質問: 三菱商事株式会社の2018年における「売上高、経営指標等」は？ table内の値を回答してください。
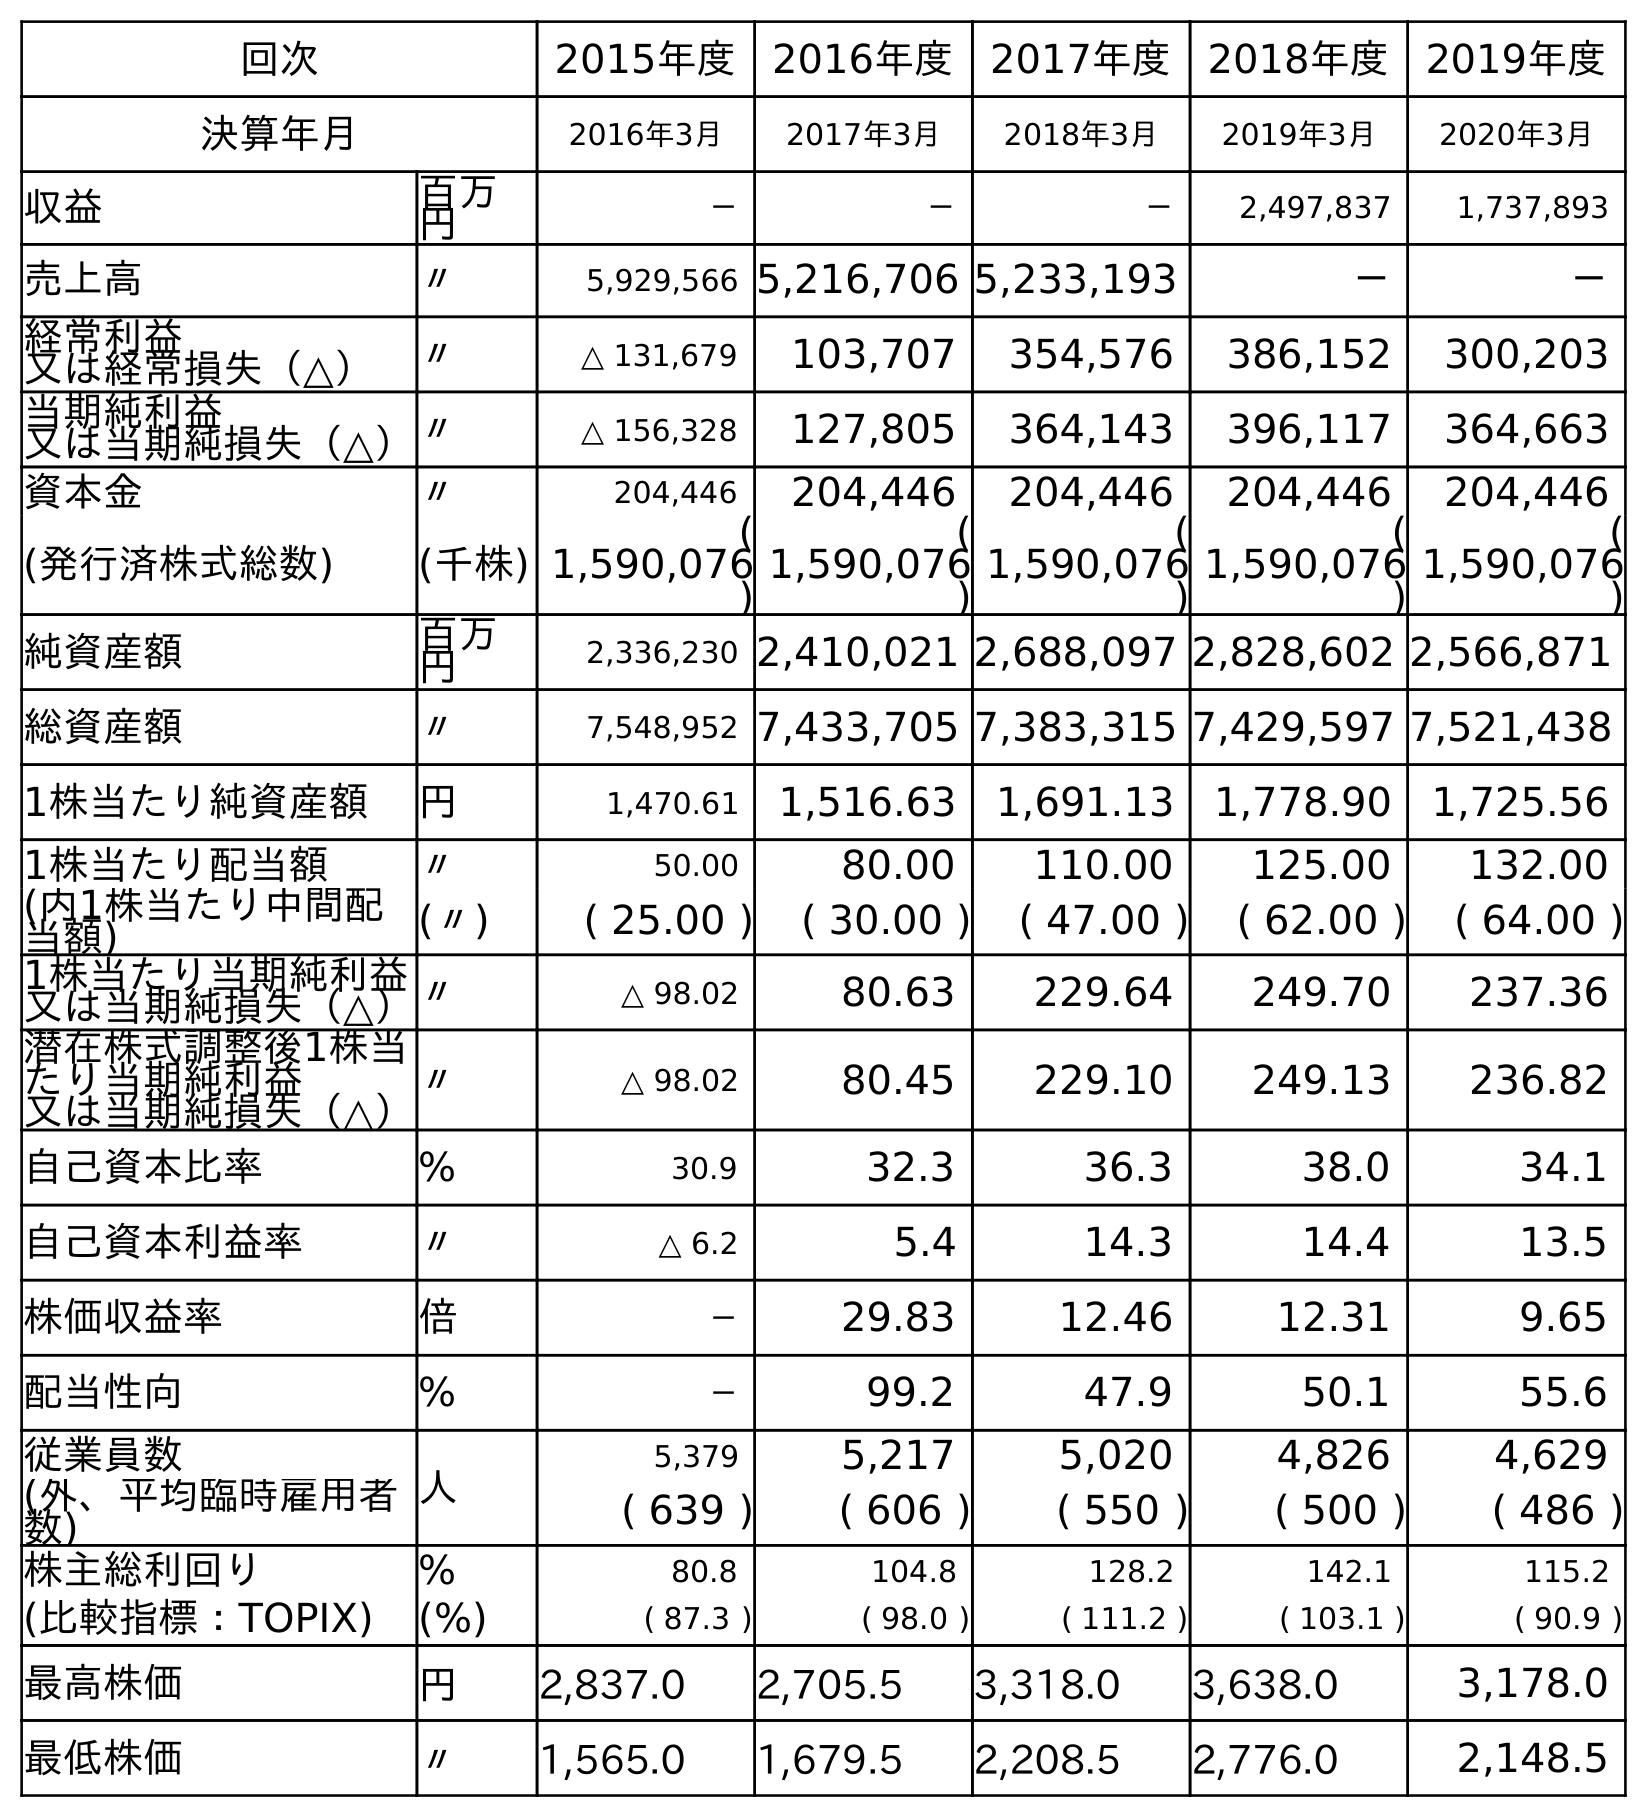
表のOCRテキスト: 回次 2015年度 2016年度 2017年度 2018年度 2019年度 決算年月 2016年3月 2017年3月 2018年3月 2019年3月 2020年3月 収益 百万 円 － － － 2,497,837 1,737,893 売上高 〃 5,929,566 5,216,706 5,233,193 － － 経常利益 又は経常損失（△） 〃 △ 131,679 103,707 354,576 386,152 300,203 当期純利益 又は当期純損失（△）〃 △ 156,328 127,805 364,143 396,117 364,663 資本金 〃 204,446 204,446 204,446 204,446 204,446 (発行済株式総数) (千株) ( 1,590,076 ) ( 1,590,076 ) ( 1,590,076 ) ( 1,590,076 ) ( 1,590,076 ) 純資産額 百万 円 2,336,230 2,410,021 2,688,097 2,828,602 2,566,871 総資産額 〃 7,548,952 7,433,705 7,383,315 7,429,597 7,521,438 1株当たり純資産額 円 1,470.61 1,516.63 1,691.13 1,778.90 1,725.56 1株当たり配当額 〃 50.00 80.00 110.00 125.00 132.00 (内1株当たり中間配 当額) (〃) ( 25.00 ) ( 30.00 ) ( 47.00 ) ( 62.00 ) ( 64.00 ) 1株当たり当期純利益 又は当期純損失（△）〃 △ 98.02 80.63 229.64 249.70 237.36 潜在株式調整後1株当 たり当期純利益 又は当期純損失（△） 〃 △ 98.02 80.45 229.10 249.13 236.82 自己資本比率 % 30.9 32.3 36.3 38.0 34.1 自己資本利益率 〃 △ 6.2 5.4 14.3 14.4 13.5 株価収益率 倍 － 29.83 12.46 12.31 9.65 配当性向 % － 99.2 47.9 50.1 55.6 従業員数 人 5,379 5,217 5,020 4,826 4,629 (外、平均臨時雇用者 数) ( 639 ) ( 606 ) ( 550 ) ( 500 ) ( 486 ) 株主総利回り % 80.8 104.8 128.2 142.1 115.2 (比較指標：TOPIX) (%) ( 87.3 ) ( 98.0 ) ( 111.2 ) ( 103.1 ) ( 90.9 ) 最高株価 円 2,837.0 2,705.5 3,318.0 3,638.0 3,178.0 最低株価 〃 1,565.0 1,679.5 2,208.5 2,776.0 2,148.5
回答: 5,233,193